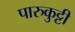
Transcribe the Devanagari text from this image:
पारुकुट्टी